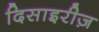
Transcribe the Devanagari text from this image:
दिसाइरीज़